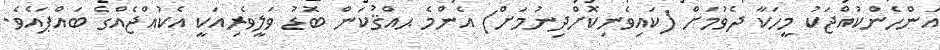
އަންހެންކުއްޖަކު މީހަކާ ދެވުމަށް (ކައިވެނިކޮށްދިނުމަށް) އެންމެ ޙއްޤުކަން ބޮޑު ވަލީވެރިއަކީ އެކުއްޖެއްގެ ބައްޕައެވެ.